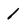
Character: 1